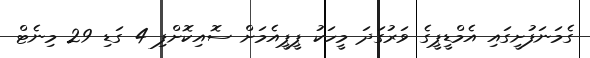
ގެމަނަފުށީގައި އެމްޑީޕީގެ ވަރުގަދަ މީހަކު ޕީޕީއެމަށް ސޮއިކޮށްފި 4 ގަޑި 29 މިނެޓް